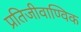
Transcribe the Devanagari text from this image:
प्रतिजीवाण्विक